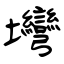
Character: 壪